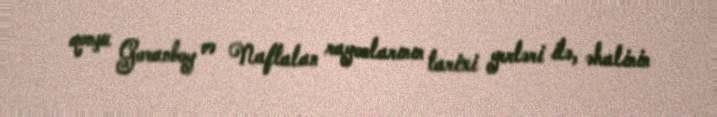
qonşu Goranboy və Naftalan rayonlarının tarixi yerləri ilə, əhalinin